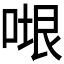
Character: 𭈷